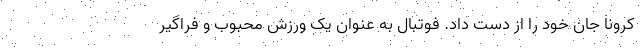
کرونا جان خود را از دست داد. فوتبال به عنوان یک ورزش محبوب و فراگیر